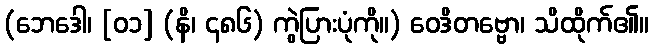
(ဘေဒေါ၊ [၀၁] (နိ၊ ၄၈၆) ကွဲပြားပုံကို။) ဝေဒိတဗ္ဗော၊ သိထိုက်၏။